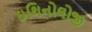
ઇથિનોલોજી